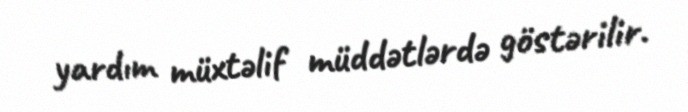
yardım müxtəlif müddətlərdə göstərilir.